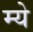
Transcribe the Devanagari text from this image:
म्ये